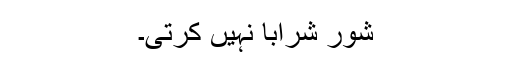
شور شرابا نہیں کرتی۔